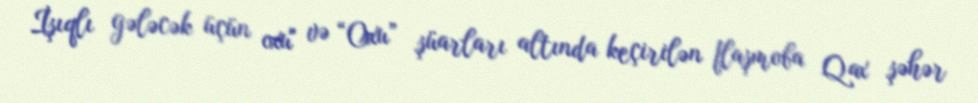
İşıqlı gələcək üçün oxu" və “Oxu” şüarları altında keçirilən flaşmoba Qax şəhər